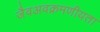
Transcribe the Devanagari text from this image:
जैवअवक्रमणीयता